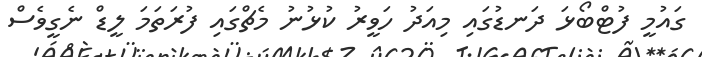
ގައުމީ ފުޓްބޯޅަ ދަނޑުގައި މިއަދު ހަވީރު ކުޅުނު މެޗްގައި ފުރަތަމަ ލީޑް ނެގީވެސް